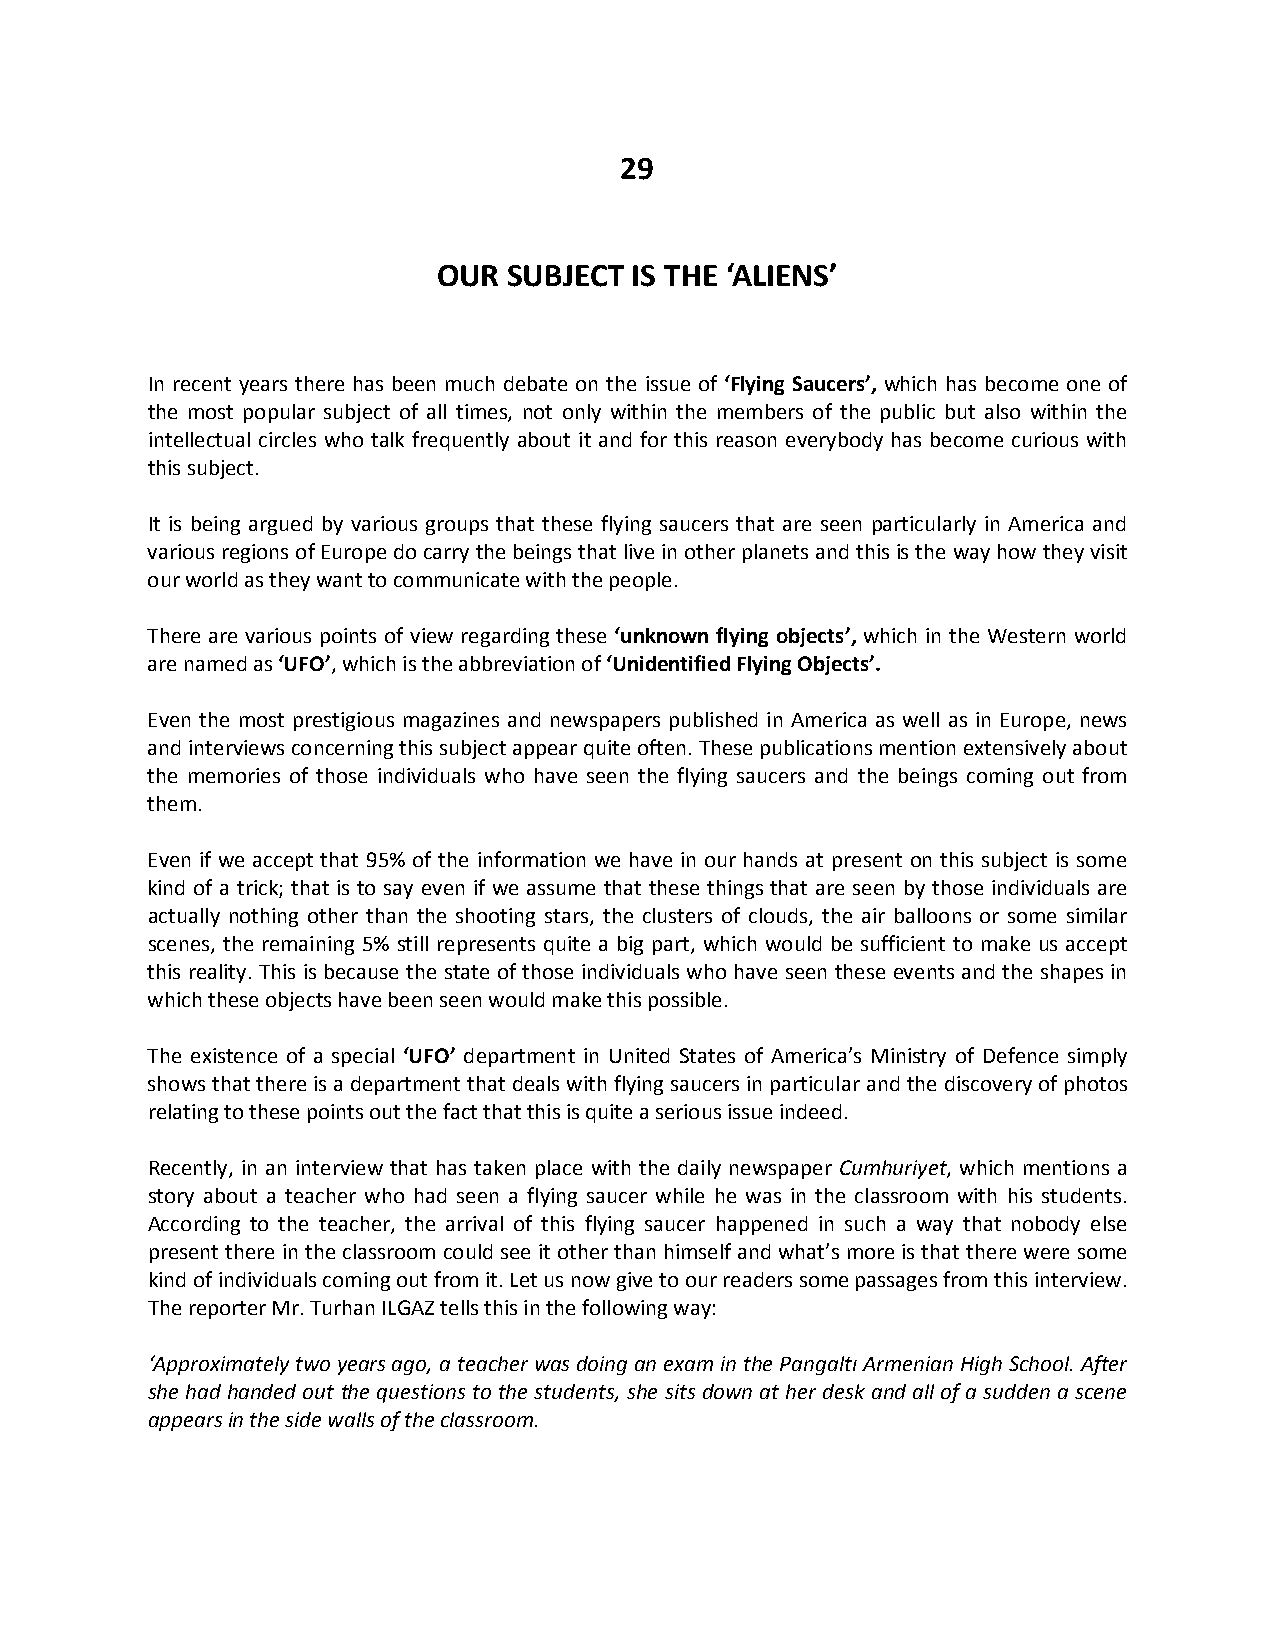
29
 OUR  SUBJECT IS THE ‘ALIENS’
 In recent years there has been much debate on the issue of ‘Flying Saucers’, which has become one of
 the most popular subject of all times, not only within the members of the public but also within the
 intellectual circles who talk frequently about it and for this reason everybody has become curious with
 this subject.
 It is being argued by various groups that these flying saucers that are seen particularly in America and
 various regions of Europe do carry the beings that live in other planets and this is the way how they visit
 our world as they want to communicate with the people.
 There are various points of view regarding these ‘unknown flying objects’, which in the Western world
 are named as ‘UFO’, which is the abbreviation of ‘Unidentified Flying Objects’.
 Even the most prestigious magazines and newspapers published in America as well as in Europe, news
 and interviews concerning this subject appear quite often. These publications mention extensively about
 the memories of those individuals who have seen the flying saucers and the beings coming out from
 them.
 Even if we accept that 95% of the information we have in our hands at present on this subject is some
 kind of a trick; that is to say even if we assume that these things that are seen by those individuals are
 actually nothing other than the shooting stars, the clusters of clouds, the air balloons or some similar
 scenes, the remaining 5% still represents quite a big part, which would be sufficient to make us accept
 this reality. This is because the state of those individuals who have seen these events and the shapes in
 which these objects have been seen would make this possible.
 The existence of a special ‘UFO’ department in United States of America’s Ministry of Defence simply
 shows that there is a department that deals with flying saucers in particular and the discovery of photos
 relating to these points out the fact that this is quite a serious issue indeed.
 Recently, in an interview that has taken place with the daily newspaper Cumhuriyet, which mentions a
 story about a teacher who had seen a flying saucer while he was in the classroom with his students.
 According to the teacher, the arrival of this flying saucer happened in such a way that nobody else
 present there in the classroom could see it other than himself and what’s more is that there were some
 kind of individuals coming out from it. Let us now give to our readers some passages from this interview.
 The reporter Mr. Turhan ILGAZ tells this in the following way:
 ‘Approximately two years ago, a teacher was doing an exam in the Pangaltı Armenian High School. After
 she had handed out the questions to the students, she sits down at her desk and all of a sudden a scene
 appears in the side walls of the classroom.